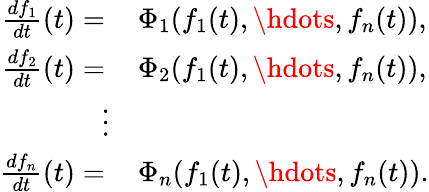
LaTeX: \begin{array}{rl}{\frac{df_{1}}{dt}(t)=\, }&{\Phi_{1}(f_{1}(t),\hdots,f_{n}(t)),}\\ {\frac{df_{2}}{dt}(t)=\, }&{\Phi_{2}(f_{1}(t),\hdots,f_{n}(t)),}\\ {\vdots}\\ {\frac{df_{n}}{dt}(t)=\, }&{\Phi_{n}(f_{1}(t),\hdots,f_{n}(t)).}\end{array}